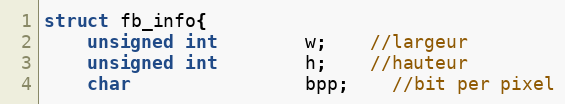
Language: C
struct fb_info{
	unsigned int		w;	//largeur
	unsigned int		h;	//hauteur
	char				bpp;	//bit per pixel